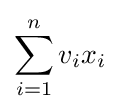
\sum _{i=1}^{n}v_{i}x_{i}